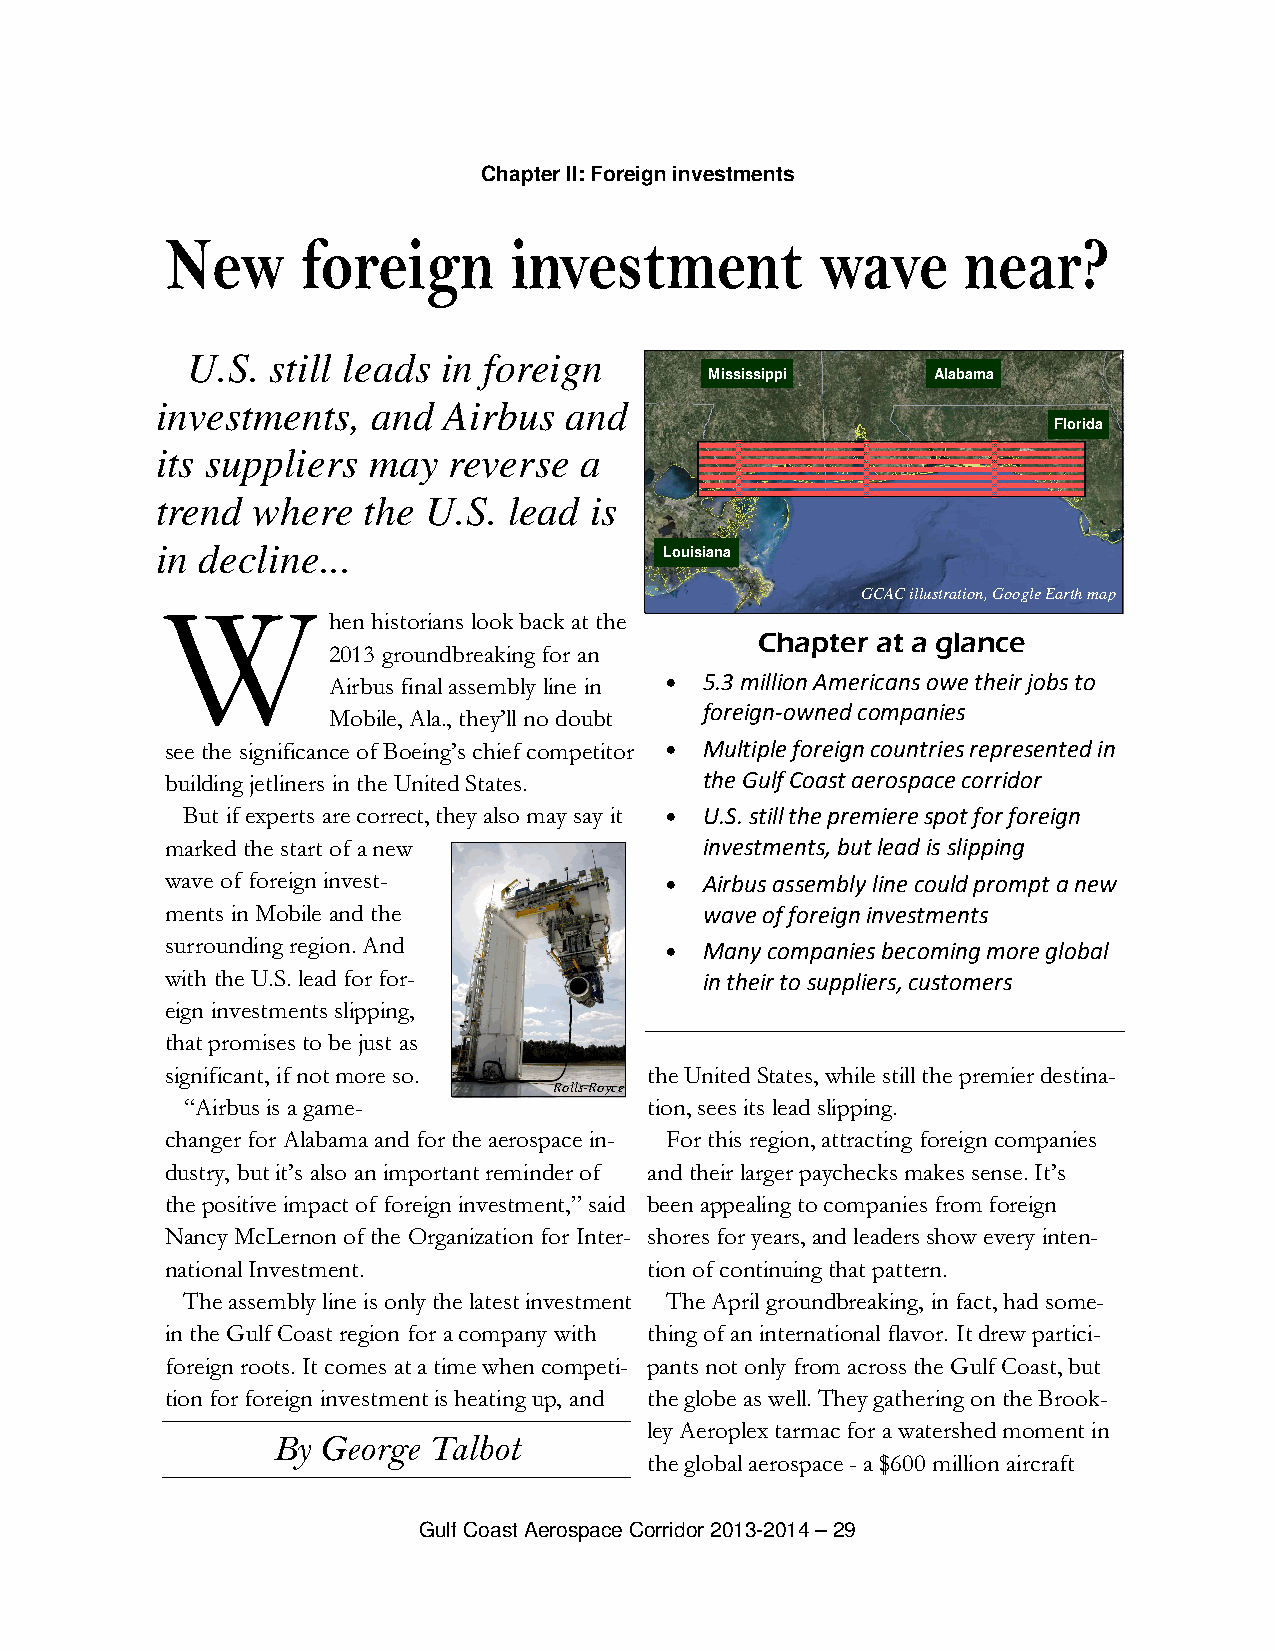
Chapter II: Foreign investments
 New      foreign       investment          wave      near?
 U.S.  still leads in foreign
 Mississippi    Alabama
 investments,   and Airbus  and
 Florida
 its suppliers may   reverse a
 trend  where  the U.S.  lead is
 in decline...                     Louisiana
 GCAC illustration, Google Earth map
 W
 hen historians look back at the
 Chapter at a glance
 2013 groundbreaking for an
 Airbus final assembly line in • 5.3 million Americans owe their jobs to
 foreign-owned companies
 Mobile, Ala., they’ll no doubt
 see the significance of Boeing’s chief competitor • Multiple foreign countries represented in
 building jetliners in the United States. the Gulf Coast aerospace corridor
 But if experts are correct, they also may say it • U.S. still the premiere spot for foreign
 marked the start of a new           investments, but lead is slipping
 wave of foreign invest-          •  Airbus assembly line could prompt a new
 ments in Mobile and the             wave of foreign investments
 surrounding region. And          •  Many companies becoming more global
 with the U.S. lead for for-         in their to suppliers, customers
 eign investments slipping,
 that promises to be just as
 significant, if not more so.    the United States, while still the premier destina-
 Rolls-Royce
 “Airbus is a game-             tion, sees its lead slipping.
 changer for Alabama and for the aerospace in- For this region, attracting foreign companies
 dustry, but it’s also an important reminder of and their larger paychecks makes sense. It’s
 the positive impact of foreign investment,” said been appealing to companies from foreign
 Nancy McLernon of the Organization for Inter- shores for years, and leaders show every inten-
 national Investment.            tion of continuing that pattern.
 The assembly line is only the latest investment The April groundbreaking, in fact, had some-
 in the Gulf Coast region for a company with thing of an international flavor. It drew partici-
 foreign roots. It comes at a time when competi- pants not only from across the Gulf Coast, but
 tion for foreign investment is heating up, and the globe as well. They gathering on the Brook-
 ley Aeroplex tarmac for a watershed moment in
 By George Talbot
 the global aerospace - a $600 million aircraft
 Gulf Coast Aerospace Corridor 2013-2014 – 29